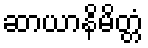
ဆာယာနိမိတ္တံ